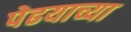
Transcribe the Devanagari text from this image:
पेढयाच्या